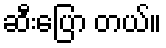
ဆီးပြော တယ်။